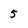
Character: 5